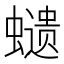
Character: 𧒭